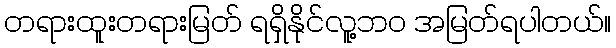
တရားထူးတရားမြတ် ရရှိနိုင်လူ့ဘ၀ အမြတ်ရပါတယ်။